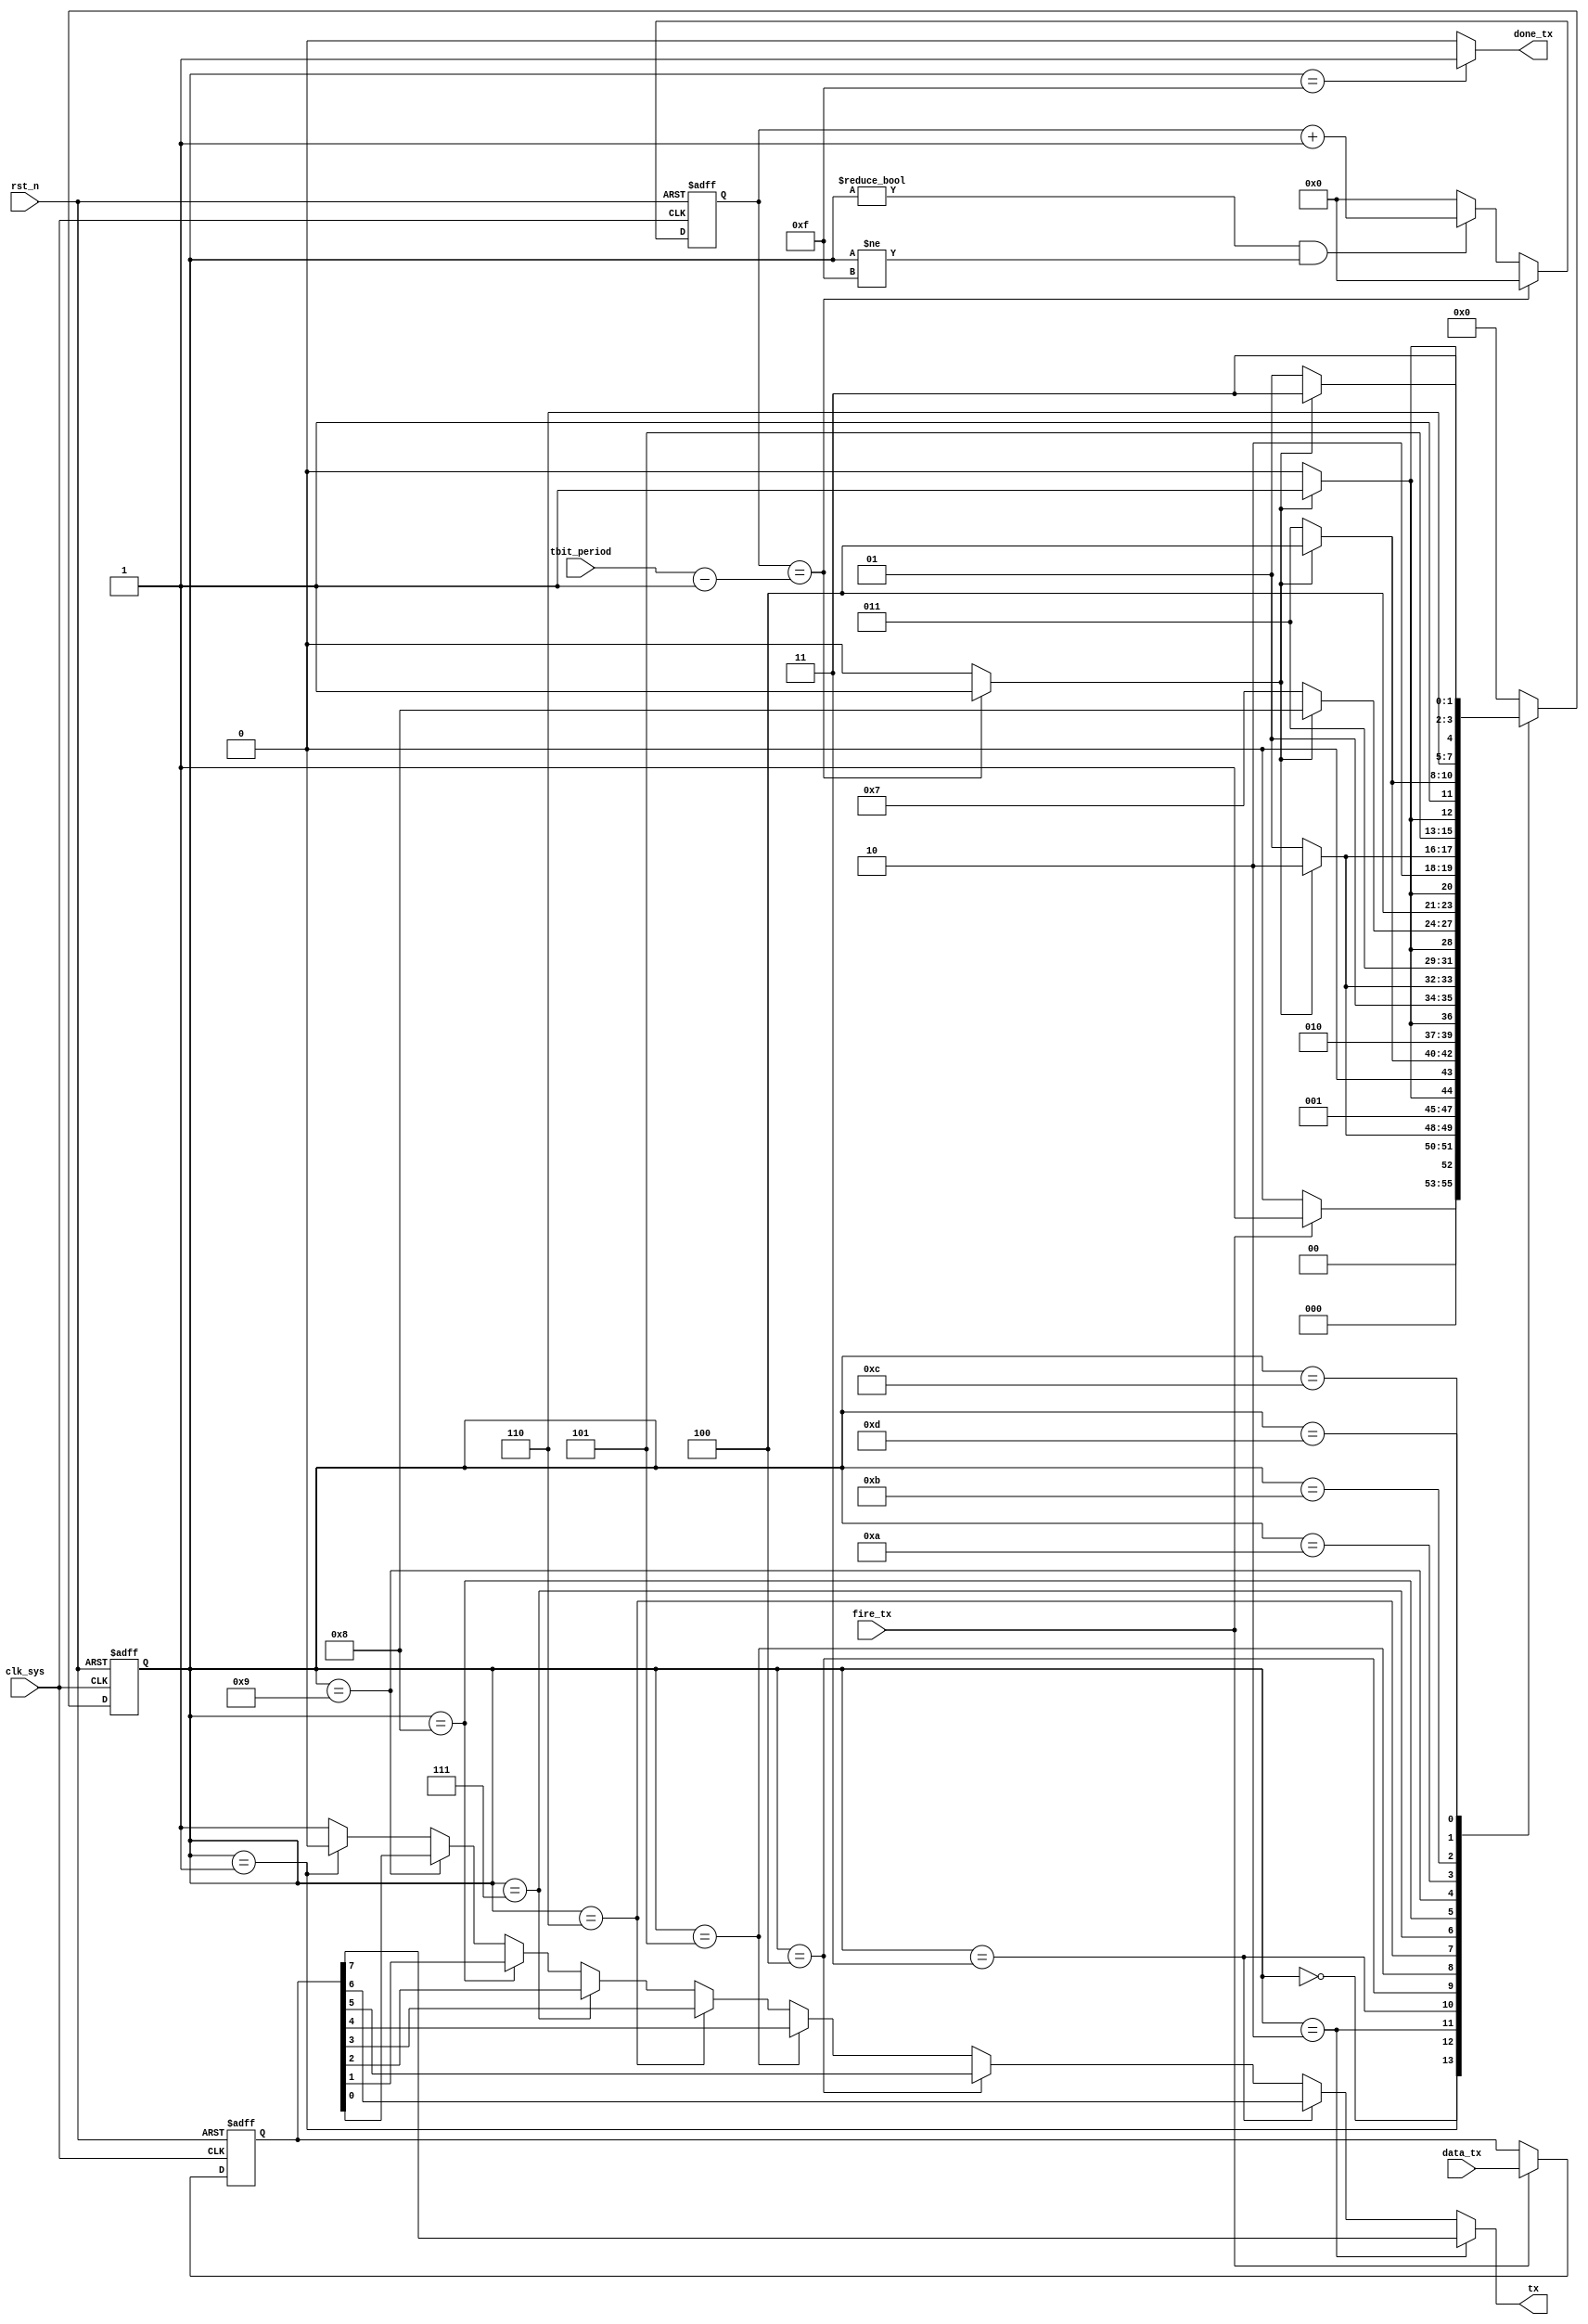
//tx_info_phy.v

module tx_info_phy(
tx,
//control 
fire_tx,
done_tx,
data_tx,
tbit_period,
//clk rst
clk_sys,
rst_n
);

output tx;
//control 
input fire_tx;
output done_tx;
input [7:0]		data_tx;
input [19:0]	tbit_period;
//clk rst
input clk_sys;
input rst_n;
//--------------------------------
//--------------------------------


reg [7:0] data;
always @ (posedge clk_sys or negedge rst_n)	begin
	if(~rst_n)
		data <= 8'h0;
	else if(fire_tx)
		data <= data_tx;
	else ;
end

//---------- main FSM -----------
parameter S_IDLE = 4'h0;
parameter S_START = 4'h1;
parameter S_S7 = 4'h2;
parameter S_S6 = 4'h3;
parameter S_S5 = 4'h4;
parameter S_S4 = 4'h5;
parameter S_S3 = 4'h6;
parameter S_S2 = 4'h7;
parameter S_S1 = 4'h8;
parameter S_S0 = 4'h9;
parameter S_STOP = 4'ha;
parameter S_STOP2 = 4'hb;
parameter S_STOP3 = 4'hc;
parameter S_STOP4 = 4'hd;
parameter S_DONE = 4'hf;
reg [3:0] st_tx_phy;
wire finish_bit;
always @ (posedge clk_sys or negedge rst_n)	begin
	if(~rst_n)
		st_tx_phy <= S_IDLE ;
	else begin
		case(st_tx_phy)
			S_IDLE : st_tx_phy <= fire_tx ? S_START : S_IDLE;
			S_START: st_tx_phy <= finish_bit ? S_S7 : S_START;
			S_S7   : st_tx_phy <= finish_bit ? S_S6 : S_S7;
			S_S6   : st_tx_phy <= finish_bit ? S_S5 : S_S6;
			S_S5   : st_tx_phy <= finish_bit ? S_S4 : S_S5;
			S_S4   : st_tx_phy <= finish_bit ? S_S3 : S_S4;
			S_S3   : st_tx_phy <= finish_bit ? S_S2 : S_S3;
			S_S2   : st_tx_phy <= finish_bit ? S_S1 : S_S2;
			S_S1   : st_tx_phy <= finish_bit ? S_S0 : S_S1;
			S_S0   : st_tx_phy <= finish_bit ? S_STOP : S_S0;
			S_STOP : st_tx_phy <= finish_bit ? S_STOP2 : S_STOP;
			S_STOP2: st_tx_phy <= finish_bit ? S_STOP3 : S_STOP2;
			S_STOP3: st_tx_phy <= finish_bit ? S_STOP4 : S_STOP3;
			S_STOP4: st_tx_phy <= finish_bit ? S_DONE : S_STOP4;
			S_DONE : st_tx_phy <= S_IDLE;
			default : st_tx_phy <= S_IDLE;
		endcase
	end
end
wire send_bit = (st_tx_phy != S_IDLE) & (st_tx_phy != S_DONE);

//--------- FSM finish_bit ----------
reg [19:0] cnt_cycle;
always @(posedge clk_sys or negedge rst_n)	begin
	if(~rst_n)
		cnt_cycle <= 20'h0;
	else if(cnt_cycle == (tbit_period - 20'h1))
		cnt_cycle <= 20'h0;
	else if(send_bit)
		cnt_cycle <= cnt_cycle + 20'h1;
	else 
		cnt_cycle <= 20'h0;
end
assign finish_bit = (cnt_cycle == (tbit_period - 20'h1)) ? 1'b1 : 1'b0;


//----------- output -------
wire done_tx;
assign done_tx = (st_tx_phy == S_DONE) ? 1'b1 : 1'b0;
wire tx;
assign tx = (st_tx_phy == S_S7) ? data[7] : 
						(st_tx_phy == S_S6) ? data[6] : 
						(st_tx_phy == S_S5) ? data[5] : 
						(st_tx_phy == S_S4) ? data[4] : 
						(st_tx_phy == S_S3) ? data[3] : 
						(st_tx_phy == S_S2) ? data[2] : 
						(st_tx_phy == S_S1) ? data[1] :
						(st_tx_phy == S_S0) ? data[0] :	
						(st_tx_phy == S_START ) ? 1'b0 : 1'b1;
			
endmodule